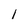
Character: 1